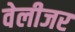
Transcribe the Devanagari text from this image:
वेलीजर